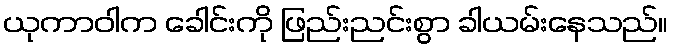
ယုကာဝါက ခေါင်းကို ဖြည်းညင်းစွာ ခါယမ်းနေသည်။